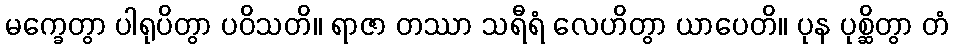
မက္ခေတွာ ပါရုပိတွာ ပဝိသတိ။ ရာဇာ တဿာ သရီရံ လေဟိတွာ ယာပေတိ။ ပုန ပုစ္ဆိတွာ တံ